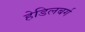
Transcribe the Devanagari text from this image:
हेडिलबर्ग